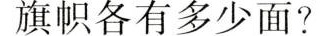
旗帜各有多少面?